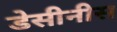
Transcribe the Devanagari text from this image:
डेसीनीस